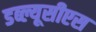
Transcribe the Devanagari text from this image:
डब्ल्यूसीएस